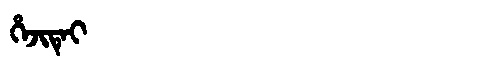
Manchu: ᡥᡝᠵᡳᡨᡝᡳ
Romanization: HEJITEI